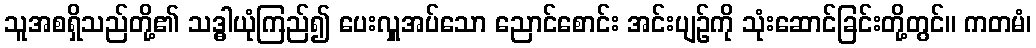
သူအစရှိသည်တို့၏ သဒ္ဓါယုံကြည်၍ ပေးလှူအပ်သော ညောင်စောင်း အင်းပျဉ်ကို သုံးဆောင်ခြင်းတို့တွင်။ ကတမံ၊